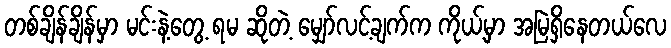
တစ်ချိန်ချိန်မှာ မင်းနဲ့တွေ့ ရမ ဆိုတဲ့ မျှော်လင့်ချက်က ကိုယ့်မှာ အမြဲရှိနေတယ်လေ